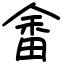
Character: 畬